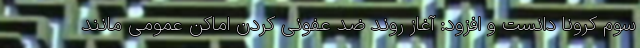
سوم کرونا دانست و افزود: آغاز روند ضد عفونی کردن اماکن عمومی مانند